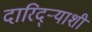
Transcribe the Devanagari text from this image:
दारिद्ऱ्याशी